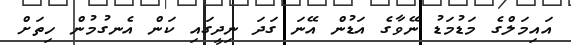
އައިމަލްގެ މަޑުމަޑު ނޭވާގެ އަޑުން އޭނަ ގަދަ ނިދީގައި ކަން އެނގުމުން ހިތަށް